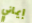
إيماني